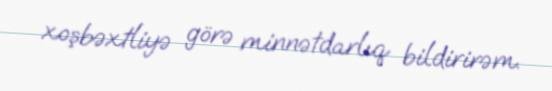
xoşbəxtliyə görə minnətdarlıq bildirirəm.